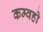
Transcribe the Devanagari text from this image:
कम्वहो